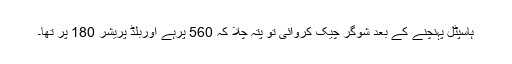
ہاسپٹل پہنچنے کے بعد شوگر چیک کروائی تو پتہ چلا کہ 560 پرہے اوربلڈ پریشر 180 پر تھا۔